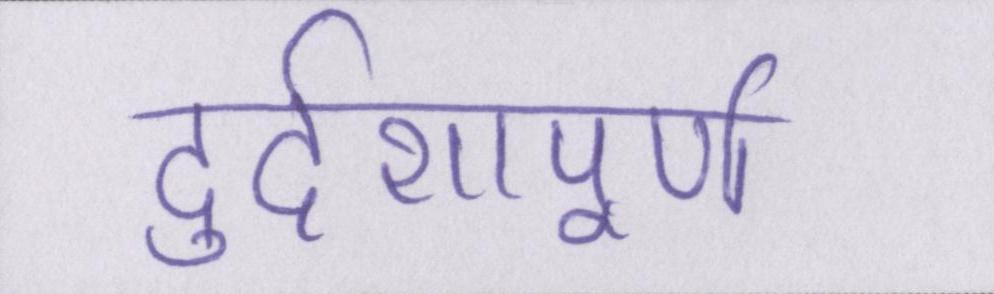
दुर्दशापूर्ण